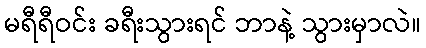
မရီရီဝင်း ခရီးသွားရင် ဘာနဲ့ သွားမှာလဲ။